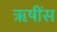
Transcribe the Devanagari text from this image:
ॠषींस